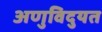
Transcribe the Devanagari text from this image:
अणुविदुयत